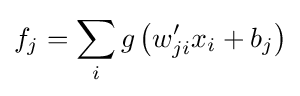
f_{j}=\sum _{i}g\left(w_{ji}'x_{i}+b_{j}\right)